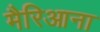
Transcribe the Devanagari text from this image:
मैरिआना